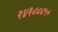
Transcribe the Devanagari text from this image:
२४३८८८५०